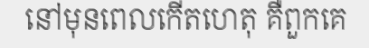
នៅមុនពេលកើតហេតុ គឺពួកគេ